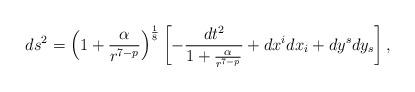
LaTeX: \begin{align*}ds^{2}=\left(1+\frac{\alpha}{r^{7-p}}\right)^{\frac{1}{8}}\left[-\frac{dt^{2}}{1+\frac{\alpha}{r^{7-p}}}+dx^{i}dx_{i}+ dy^{s}dy_{s}\right],\end{align*}